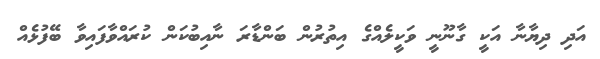
އަދި ދިޔާނާ އަކީ ގާނޫނީ ވަކީލެއްގެ އިތުރުން ބަންޑާރަ ނާއިބުކަން ކުރައްވާފައިވާ ބޭފުޅެއް